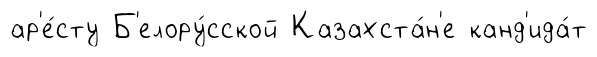
ар'е́сту Б'елору́сской Казахста́н'е канд'ида́т